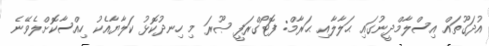
އުދަގޫތައް އިސްލާމްދީނުގައި ޙަލާލާއި ޙަރާމް: ފޮޓޯގްރަފީ ޞޫރަ މި ހިނދުކޮޅު ކަލާޔާއެކު ހިއްސާކޮށްލެވޭނެ